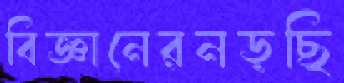
বিজ্ঞানেরনড়ছি